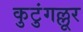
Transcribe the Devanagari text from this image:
कुटुंगल्लूर